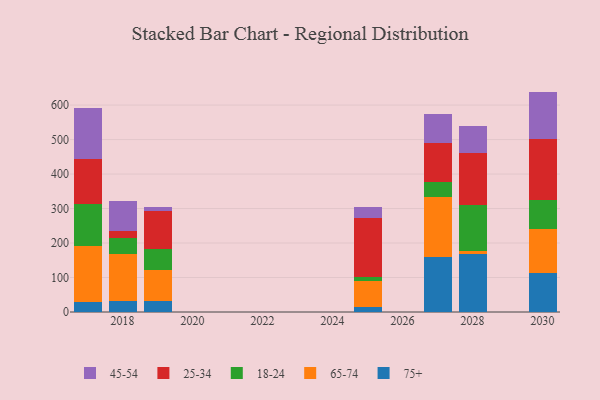
{"axis": {"x": "Year", "y": "Customer Acquisition Cost (USD)"}, "legend": ["18-24", "25-34", "45-54", "65-74", "75+"], "data": [{"x": "2019", "y": 32.5, "type": "75+"}, {"x": "2019", "y": 89.6, "type": "65-74"}, {"x": "2019", "y": 61.8, "type": "18-24"}, {"x": "2019", "y": 109.5, "type": "25-34"}, {"x": "2019", "y": 11.6, "type": "45-54"}, {"x": "2017", "y": 30.0, "type": "75+"}, {"x": "2017", "y": 162.3, "type": "65-74"}, {"x": "2017", "y": 121.3, "type": "18-24"}, {"x": "2017", "y": 129.3, "type": "25-34"}, {"x": "2017", "y": 147.9, "type": "45-54"}, {"x": "2018", "y": 32.4, "type": "75+"}, {"x": "2018", "y": 136.4, "type": "65-74"}, {"x": "2018", "y": 44.7, "type": "18-24"}, {"x": "2018", "y": 21.6, "type": "25-34"}, {"x": "2018", "y": 87.2, "type": "45-54"}, {"x": "2028", "y": 168.6, "type": "75+"}, {"x": "2028", "y": 9.7, "type": "65-74"}, {"x": "2028", "y": 133.3, "type": "18-24"}, {"x": "2028", "y": 148.7, "type": "25-34"}, {"x": "2028", "y": 78.4, "type": "45-54"}, {"x": "2027", "y": 158.3, "type": "75+"}, {"x": "2027", "y": 175.8, "type": "65-74"}, {"x": "2027", "y": 41.9, "type": "18-24"}, {"x": "2027", "y": 114.0, "type": "25-34"}, {"x": "2027", "y": 84.1, "type": "45-54"}, {"x": "2030", "y": 113.1, "type": "75+"}, {"x": "2030", "y": 126.3, "type": "65-74"}, {"x": "2030", "y": 85.3, "type": "18-24"}, {"x": "2030", "y": 177.4, "type": "25-34"}, {"x": "2030", "y": 137.0, "type": "45-54"}, {"x": "2025", "y": 14.8, "type": "75+"}, {"x": "2025", "y": 76.4, "type": "65-74"}, {"x": "2025", "y": 11.3, "type": "18-24"}, {"x": "2025", "y": 171.0, "type": "25-34"}, {"x": "2025", "y": 30.2, "type": "45-54"}]}